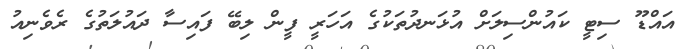
އައްޑޫ ސިޓީ ކައުންސިލަށް އުޅަނދުތަކުގެ އަހަރީ ފީން ލިބޭ ފައިސާ ދައުލަތުގެ ރެވެނިއު